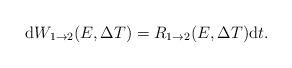
LaTeX: \begin{align*}{\rm d}W_{1\rightarrow 2}(E,\Delta T)= R_{1\rightarrow 2}(E,\Delta T){\rm d}t. \end{align*}